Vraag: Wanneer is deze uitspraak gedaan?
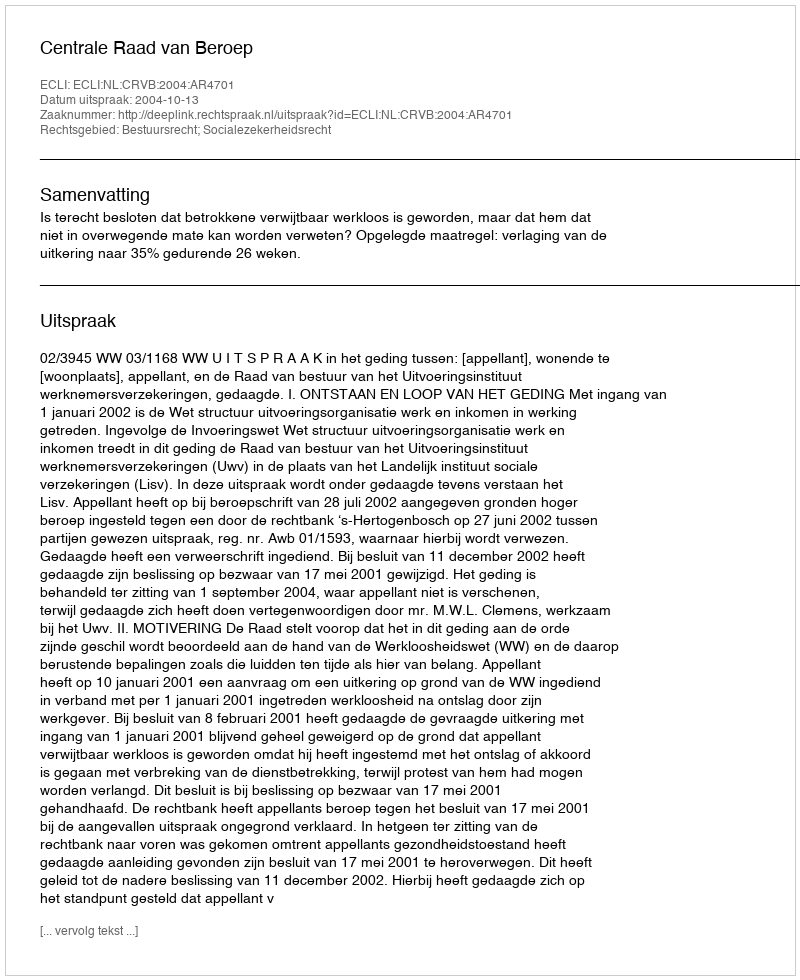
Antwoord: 2004-10-13